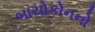
બાયોકોનનો